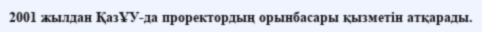
2001 жылдан ҚазҰУ-да проректордың орынбасары қызметін атқарады.